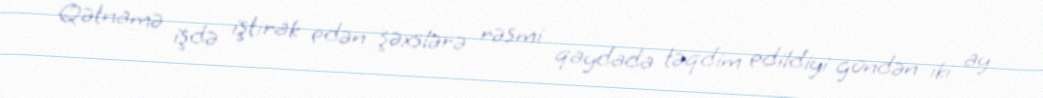
Qətnamə işdə iştirak edən şəxslərə rəsmi qaydada təqdim edildiyi gündən iki ay